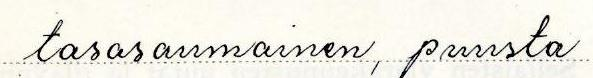
tasasaumainen, puusta